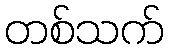
တစ်သက်